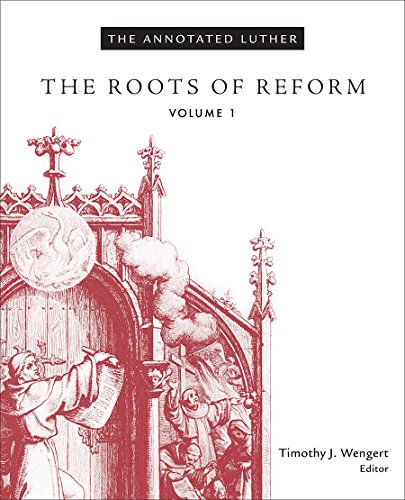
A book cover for The Annotated Luther: The Roots of Reform, Volume 1; Timothy J. Wengert; Christian Books & Bibles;